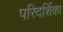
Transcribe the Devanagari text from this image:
परिदर्शिका